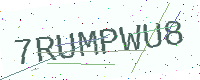
Text: 7RUMPWU8